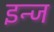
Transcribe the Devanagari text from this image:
इन्ज